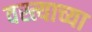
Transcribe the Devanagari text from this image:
वस्त्याच्या